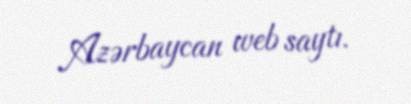
Azərbaycan web saytı.